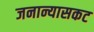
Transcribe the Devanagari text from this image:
जनान्यासकट